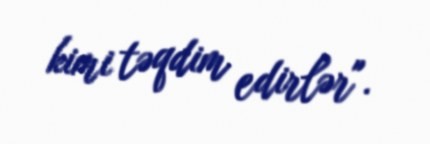
kimi təqdim edirlər".